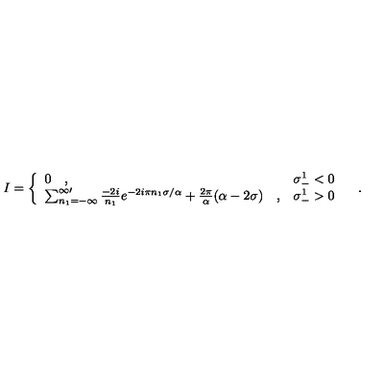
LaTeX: I = \left\{ \begin{array} { l l } { 0 \quad , } & { \sigma _ { - } ^ { 1 } < 0 } \\ { \sum _ { n _ { 1 } = - \infty } ^ { \infty \prime } { \frac { - 2 i } { n _ { 1 } } } e ^ { - 2 i \pi n _ { 1 } \sigma / \alpha } + { \frac { 2 \pi } { \alpha } } ( \alpha - 2 \sigma ) \quad , } & { \sigma _ { - } ^ { 1 } > 0 } \\ \end{array} \right. \quad .